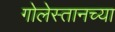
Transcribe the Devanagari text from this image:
गोलेस्तानच्या